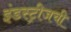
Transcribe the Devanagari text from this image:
इंडस्ट्रीजची